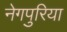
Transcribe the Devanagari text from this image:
नेगपुरिया